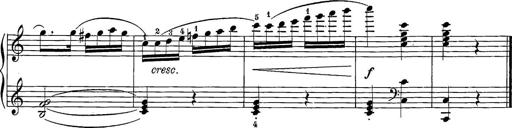
Title: 12 Sonatine per Pianoforte
Composer: Friedrich Kuhlau